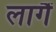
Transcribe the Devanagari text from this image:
लागैं